Report on sanitation, dispensaries, and jails in Rajputana for 1917, and on vaccination for the year 1917-1918 - 1917-1918
Year: 1917
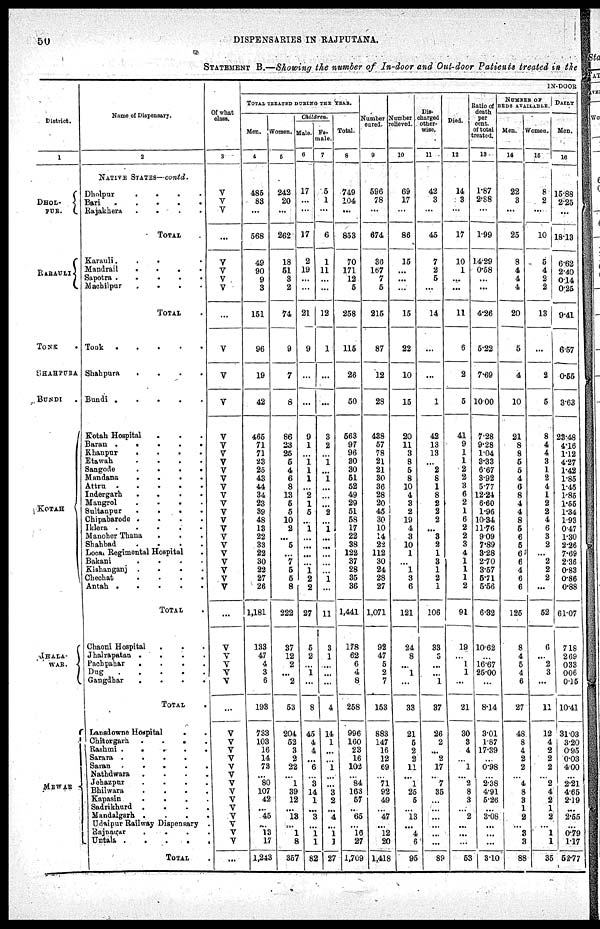
50
DISPENSARIES IN RAJPUTANA.
STATEMENT B.—Showing the number of In-door and Out-door Patients treated in the
District.
1
DHOL¬
PUR.
RARAULI
TONK .
SHAHPURA
BUNDI
KOTAH
JHALA¬
WAR.
MEWAR
Name of Dispensary.
2
NATIVE STATES—contd.
Dholpur
.
.
. .
Bari
.
.
. .
Rajakhera
.
. . .
TOTAL .
Karauli.
.
.
Mandrail
.
.
.
Sapotra .
.
.
.
.
Machilpur
.
.
.
.
TOTAL .
Tonk
.
.
.
.
.
Shahpura
.
.
.
.
Bundi .
.
.
.
.
Kotah Hospital . . .
Baran .
.
.
.
.
Khanpur
.
.
.
.
Etawah
.
.
.
.
Sangode
.
.
.
.
Mandana
.
.
.
.
Attru
.
.
.
.
Indergarh
.
.
.
.
Mangrol
.
.
.
.
Sultanpur
.
.
.
.
Chipabarode .
.
.
.
Iklera .
.
.
.
.
Manoher Thana
Shabbad
.
.
.
.
Local Regimental Hospital
.
Bakani
.
.
.
.
Kishanganj .
.
.
.
Chechat
.
.
.
.
Antah .
.
.
.
.
TOTAL .
Chaoni Hospital . . .
Jhalrapatan .
.
.
.
Pachpahar
.
.
.
.
Dug
.
.
.
.
.
Gangdhar
.
.
.
.
TOTAL .
Lanadowne Hospital
.
Chitorgarh. .
.
.
.
Rashmi .
.
.
.
Sarara .
.
.
.
Saram .
.
.
.
.
Nathdwara .
.
.
.
Jehazpur
.
.
.
.
Bhilwara
.
.
.
.
Kapasin
.
.
.
.
Sadrikhurd .
.
.
.
Mandalgarh . . . .
Udaipur Railway Dispensary .
Rajnagar
. . . .
Untala
.
.
.
.
TOTAL .
Of what
class.
3
V
V
V
...
V
V
V
V
...
V
V
V
V
V
V
V
V
V
V
V
V
V
V
V
V
V
V
V
V
V
V
...
V
V
V
V
V
...
V
V
V
V V
V
V
V
V
V
V
V
V
V
...
IN-DOOR
TOTAL TREATED DURING THE YEAR.
Men.
4
485
83
...
568
49
90
9
3
151
96
19
42
465
71
71
23
25
43
44
34
23
39
48
13
22
33
22
30
22
27
26
1,181
133
47
4
3
6
193
733
103
16
14
73
...
80
107
42
...
45
...
13
17
1,243
Women.
5
242
20
...
262
18
51
3
2
74
9
7
8
86
23
25
5
4
6
8
13
5
5
10
2
...
5
...
7
5
5
8
222
37
12
2
...
2
53
204
52
3
2
22
...
1
39
12
...
13
...
1
8
357
Children.
Male.
6
17
...
...
17
2
19
...
...
21
9
...
...
9
1
...
1
1
1
...
2
1
5
...
1
...
...
...
...
1
2
2
27
5
2
...
1
...
8
45
4
4
...
6
...
3
14
1
...
3
...
1
1
82
Fe¬
male.
7
5
1
...
6
1
11
...
...
12
1
...
...
3
2
...
1
...
1
...
...
2
...
1
...
...
...
...
...
1
...
11
3
1
...
...
...
4
14
1
...
...
1
...
...
3
2
...
4
...
1
1
27
Total.
8
749
104
...
853
70
171
12
5
258
115
26
50
563
97
96
30
30
51
52
49
29
51
58
17
22
38
122
37
28
35
36
1,441
178
62
6
4
8
258
996
160
23
16
102
...
84
163
57
...
65
...
16
27
1,709
Numer
cured.
9
596
78
...
674
36
167
7
5
215
87
12
28
438
57
78
21
21
30
36
28
20
45
30
10
14
22
112
30
24
28
27
1,071
92
47
5
2
7
153
883
147
16
12
69
...
71
92
49
...
47
...
12
20
1,418
Number relieved.
10
69
17
...
86
15
...
...
...
15
22
10
15
20
11
3
8
5
8
10
4
3
2
19
4
3
10
1
...
1
3
6
121
24
8
...
1
...
33
21
5
2
2
11
...
1
25
5
...
13
...
4
6
95
Dis¬
charged
other-
wise.
11
42
3
...
45
7
2
5
...
14
...
. . .
1
42
13
13
...
2
8
1
8
2
2
2
...
3
2
1
3
1
2
1
106
33
3
...
...
1
37
26
2
...
2
17
...
7
35
...
...
...
...
...
...
89
Died.
12
14
3
...
17
10
1
...
...
11
6
2
5
41
9
1
1
2
2
3
6
2
1
6
2
2
3
4
1
1
1
2
91
19
...
1
1
...
21
30
3
4
...
1
...
2
8
3
...
2
...
...
...
53
Ratio of
death
per
cent,
of total
treated.
13
1.87
2.88
...
1.99
14.29
0.58
...
...
4.26
5.22
7.69
10.00
7.28
9.28
1.04
3.33
6.67
3.92
5.77
12.24
6.60
1.96
10.34
11.76
9.09
7.89
3.28
2.70
3.57
5.71
5.56
6.32
10.62
...
16.67
25.00
...
8.14
3.01
1.87
17.39
...
0.98
...
2.38
4.91
5.26
...
3.08
...
...
...
3.10
NUMBER OF BEDS AVAILABLE
Men.
14
22
3
...
25
8
4
4
4
20
5
4
10
21
8
8
5
5
4
6
8
4
4
8
5
6
5
6
6
4
6
6
125
8
4
5
4
6
27
48
8
4
2
2
...
4
8
3
1
2
...
3
3
88
Women.
15
8
2
...
10
5
4
2
2
13
...
2
5
8
4
4
3
1
2
4
1
2
2
4
6
3
2
...
2
2
2
...
52
6
...
2
3
...
11
12
4
2
2
2
...
2
4
2
1
2
...
1
1
35
DAILY
Men.
16
15.88
2.25
...
18.13
6.62
2.40
0.14
0.25
9.41
6.57
0.55
3.63
23.48
4.16
1.12
4.27
1.42
1.85
1.45
1.85
1.55
1.34
1.93
0.47
1.30
2.26
7.69
2.36
0.83
0.86
0.88
61.07
7.18
2.69
0.33
0.06
0.15
10.41
31.03
3.20
0.95
0.03
4.00
...
2.2l
4.65
2.19
...
2.55
...
0.79
1.17
52.77